Annual report of the Prince of Wales Medical College, Patna
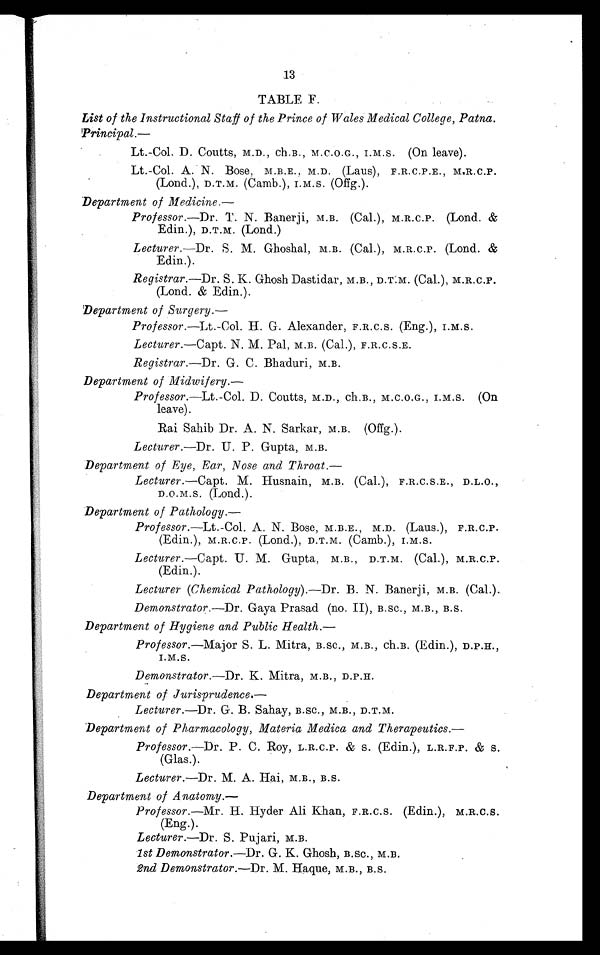
13
TABLE F.
List of the Instructional Staff of the Prince of Wales Medical College, Patna.
Principal.
—
Lt.-Col. D. Coutts, M.D., ch.B., M.C.O.G., I.M.S. (On leave).
Lt.-Col. A. N. Bose, M.B.E., M.D. (Laus), F.R.C.P.E., M.R.C.P.
(Lond.), D.T.M. (Camb.), I.M.S. (Offg.).
Department of Medicine. —
Professor. —Dr. T. N. Banerji, M.B. (Cal.), M.R.C.P. (Lond. &
Edin.), D.T.M. (Lond.)
Lecturer. —Dr. S. M. Ghoshal, M.B. (Cal.), M.R.C.P. (Lond. &
Edin.).
Registrar .—Dr . S. K. Ghosh Dastidar, M.B., D.T.M. (Cal.), M.R.C.P.
(Lond. & Edin.).
Department of Surgery.
—
Professor. —Lt.-Col. H. G. Alexander, F.R.C.S. (Eng.), I.M.s.
Lecturer. —Capt. N. M. Pal, M.B. (Cal.), F.R.C.S.E.
Registrar. —Dr. G. C. Bhaduri, M.B.
Department of Midwifery. —
Professor. —Lt.-Col. D. Coutts, M.D., ch.B., M.C.O.G., I.M.S. (On
leave).
Rai Sahib Dr. A. N. Sarkar, M.B. (Offg.).
Lecturer. —Dr. U. P. Gupta, M.B.
Department of Eye, Ear, Nose and Throat. —
Lecturer. —Capt. M. Husnain, M.B. (Cal.), F.R.C.S.E., D.L.O.,
D.O.M.S. (Lond.).
Department of Pathology. —
Professor. —Lt.-Col. A. N. Bose, M.B.E., M.D. (Laus.), F.R.C.P.
(Edin.), M.R.C.P. (Lond.), D.T.M. (Camb.), I.M.S.
Lecturer. —Capt. U. M. Gupta, M.B., D.T.M. (Cal.), M.R.C.P.
(Edin.).
Lecturer (Chemical Pathology). —Dr. B. N. Banerji, M.B. (Cal.).
Demonstrator. —Dr. Gaya Prasad (no. II), B.SC., M.B., B.S.
Department of Hygiene and Public Health.
—
Professor. —Major S. L. Mitra, B.SC., M.B., ch.B. (Edin.), D.P.H.,
I.M.S.
Demonstrator. —Dr. K. Mitra, M.B., D.P.H.
Department of Jurisprudence. —
Lecturer. —Dr. G. B. Sahay, B.SC., M.B., D.T.M.
Department of Pharmacology, Materia Medica and Therapeutics. —
Professor. —Dr. P. C. Roy, L.R.C.P. & S. (Edin.), L.R.F.P. & S.
(Glas.).
Lecturer. —Dr . M. A. Hai, M.B., B.S.
Department of Anatomy.
—
Professor. —Mr. H. Hyder Ali Khan, F.R.C.S. (Edin.), M.R.C.S.
(Eng.).
Lecturer. —Dr. S. Pujari, M.B.
1st Demonstrator. —Dr. G. K. Ghosh, B.SC., M.B.
2nd Demonstrator. —Dr. M. Haque, M.B., B.S.